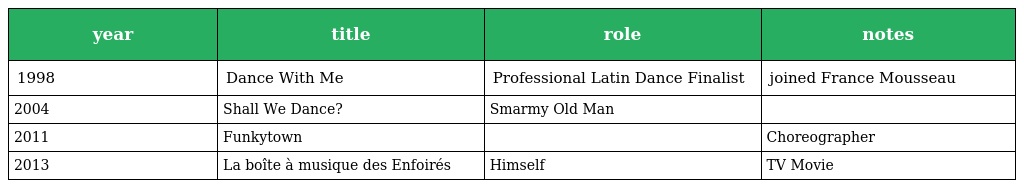
| year | title | role | notes |
 | --- | --- | --- | --- |
 | 1998 | Dance With Me | Professional Latin Dance Finalist | joined France Mousseau |
 | 2004 | Shall We Dance? | Smarmy Old Man |  |
 | 2011 | Funkytown |  | Choreographer |
 | 2013 | La boîte à musique des Enfoirés | Himself | TV Movie |